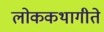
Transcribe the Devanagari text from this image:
लोककथागीते